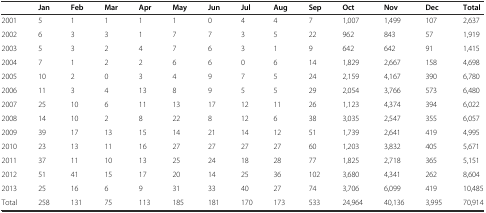
<table><thead><tr><td></td><td><b>Jan</b></td><td><b>Feb</b></td><td><b>Mar</b></td><td><b>Apr</b></td><td><b>May</b></td><td><b>Jun</b></td><td><b>Jul</b></td><td><b>Aug</b></td><td><b>Sep</b></td><td><b>Oct</b></td><td><b>Nov</b></td><td><b>Dec</b></td><td><b>Total</b></td></tr></thead><tbody><tr><td>2001</td><td>5</td><td>1</td><td>1</td><td>1</td><td>1</td><td>0</td><td>4</td><td>4</td><td>7</td><td>1,007</td><td>1,499</td><td>107</td><td>2,637</td></tr><tr><td>2002</td><td>6</td><td>3</td><td>3</td><td>1</td><td>7</td><td>7</td><td>3</td><td>5</td><td>22</td><td>962</td><td>843</td><td>57</td><td>1,919</td></tr><tr><td>2003</td><td>5</td><td>3</td><td>2</td><td>4</td><td>7</td><td>6</td><td>3</td><td>1</td><td>9</td><td>642</td><td>642</td><td>91</td><td>1,415</td></tr><tr><td>2004</td><td>7</td><td>1</td><td>2</td><td>2</td><td>6</td><td>6</td><td>0</td><td>6</td><td>14</td><td>1,829</td><td>2,667</td><td>158</td><td>4,698</td></tr><tr><td>2005</td><td>10</td><td>2</td><td>0</td><td>3</td><td>4</td><td>9</td><td>7</td><td>5</td><td>24</td><td>2,159</td><td>4,167</td><td>390</td><td>6,780</td></tr><tr><td>2006</td><td>11</td><td>3</td><td>4</td><td>13</td><td>8</td><td>9</td><td>5</td><td>5</td><td>29</td><td>2,054</td><td>3,766</td><td>573</td><td>6,480</td></tr><tr><td>2007</td><td>25</td><td>10</td><td>6</td><td>11</td><td>13</td><td>17</td><td>12</td><td>11</td><td>26</td><td>1,123</td><td>4,374</td><td>394</td><td>6,022</td></tr><tr><td>2008</td><td>14</td><td>10</td><td>2</td><td>8</td><td>22</td><td>8</td><td>12</td><td>6</td><td>38</td><td>3,035</td><td>2,547</td><td>355</td><td>6,057</td></tr><tr><td>2009</td><td>39</td><td>17</td><td>13</td><td>15</td><td>14</td><td>21</td><td>14</td><td>12</td><td>51</td><td>1,739</td><td>2,641</td><td>419</td><td>4,995</td></tr><tr><td>2010</td><td>23</td><td>13</td><td>11</td><td>16</td><td>27</td><td>27</td><td>27</td><td>27</td><td>60</td><td>1,203</td><td>3,832</td><td>405</td><td>5,671</td></tr><tr><td>2011</td><td>37</td><td>11</td><td>10</td><td>13</td><td>25</td><td>24</td><td>18</td><td>28</td><td>77</td><td>1,825</td><td>2,718</td><td>365</td><td>5,151</td></tr><tr><td>2012</td><td>51</td><td>41</td><td>15</td><td>17</td><td>20</td><td>14</td><td>25</td><td>36</td><td>102</td><td>3,680</td><td>4,341</td><td>262</td><td>8,604</td></tr><tr><td>2013</td><td>25</td><td>16</td><td>6</td><td>9</td><td>31</td><td>33</td><td>40</td><td>27</td><td>74</td><td>3,706</td><td>6,099</td><td>419</td><td>10,485</td></tr><tr><td>Total</td><td>258</td><td>131</td><td>75</td><td>113</td><td>185</td><td>181</td><td>170</td><td>173</td><td>533</td><td>24,964</td><td>40,136</td><td>3,995</td><td>70,914</td></tr></tbody></table>